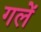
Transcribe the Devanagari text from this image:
गलें